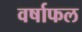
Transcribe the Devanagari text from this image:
वर्षाफल